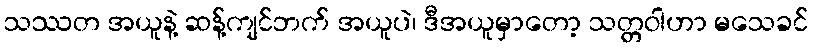
သဿတ အယူနဲ့ ဆန့်ကျင်ဘက် အယူပဲ၊ ဒီအယူမှာတော့ သတ္တဝါဟာ မသေခင်